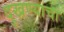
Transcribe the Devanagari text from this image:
दुखण्याचा